system: You are a helpful assistant.
user:
Analyze the provided spectrum to determine if it is a **Carbon Star (C-type)**.

- **Key Visual Indicators of Carbon Star:**
    - **(Primary):** Strong molecular absorption from **C₂ (diatomic carbon) "Swan Bands."** This is the **defining feature** of a carbon star.
        - **(Key Bandheads):** Sharp absorption edges are visible at approximately $5635$ Å, $5165$ Å (the strongest band), and $4737$ Å.
        - **(Line Profile):** Creates a distinct **"saw-tooth"** pattern. The key morphology is a sharp, steep bandhead on the **red (long-wavelength) side**, which then gradually tapers off (i.e., flux recovers) towards the **blue (short-wavelength) side**. *(This is the direct opposite of the TiO bands seen in M-type stars)*.

    - **(Secondary):** Intense **CN (cyanogen)** molecular absorption bands.
        - **(Key Bandheads):** Located in the blue and violet regions of the spectrum (e.g., near $4215$ Å and $3883$ Å).
        - **(Morphology):** These bands are extremely broad and act as a "blanket," absorbing the vast majority of blue and violet light. This creates a characteristic **"cliff"** or **"steep drop-off"** in the spectrum's flux at short wavelengths.

    - **(Key Confirmation):** Strong **CH absorption band (G-band)**.
        - **(Key Bandhead):** Located around $4300$ Å. The contribution from CH molecules to this band is exceptionally strong.

    - **(Overall Spectrum):**
        - The continuum is severely "chopped up" by these deep molecular bands, especially C₂, rather than appearing as a smooth curve.
        - Due to the heavy CN and C₂ absorption in the blue-green, the vast majority of the star's flux is concentrated in the red part of the spectrum, giving the star its characteristic deep red color.

Think first, call **spectral_visualization_tool** if needed to examine features in detail, then provide your final answer. Your response must adhere to the following strict rules:
1.  **Overall Structure:** Your response must follow the format `<think>...</think> <tool_call>...</tool_call> (if a tool is used) <answer>...</answer>`.
2.  **Tool Usage Constraint:** You may only make **one** tool call per turn.
3.  **Final Answer Format:** In the `<answer>` tag, your conclusion must be inside a `\boxed{}` command (e.g., `\boxed{YES}`), followed by your justification.

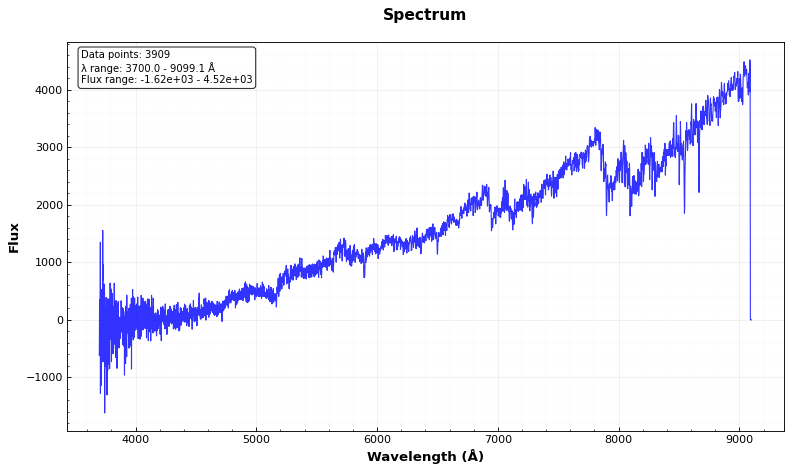
Answer: YES